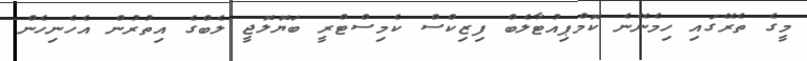
މީގެ ތެރޭގައި ހިމެނޭނެ ކޮމްޕިއުޓާލެބް ފިޒިކްސް ކެމިސްޓްރީ ބަޔޮލޮޖީ ލެބްގެ އިތުރުން އެހެނިހެން